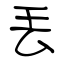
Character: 丟